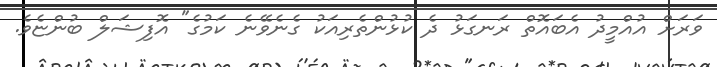
ވަރަށް އުއްމީދު އެބައޮތް ރަނގަޅު ދެ ކުޅުންތެރިއަކު ގެނެވޭނެ ކަމުގެ" އޮފިޝަލް ބުންޏެވެ.